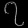
Digit: ၇